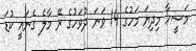
މަސީހާ މިދިޔަ މަހުގެ 14 ވަނަ ދުވަހުގެ ރޭ މާލެ ގެނައީ ކުޑަ